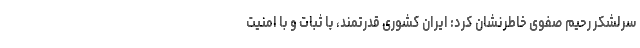
سرلشکر رحیم صفوی خاطرنشان کرد: ایران کشوری قدرتمند، با ثبات و با امنیت